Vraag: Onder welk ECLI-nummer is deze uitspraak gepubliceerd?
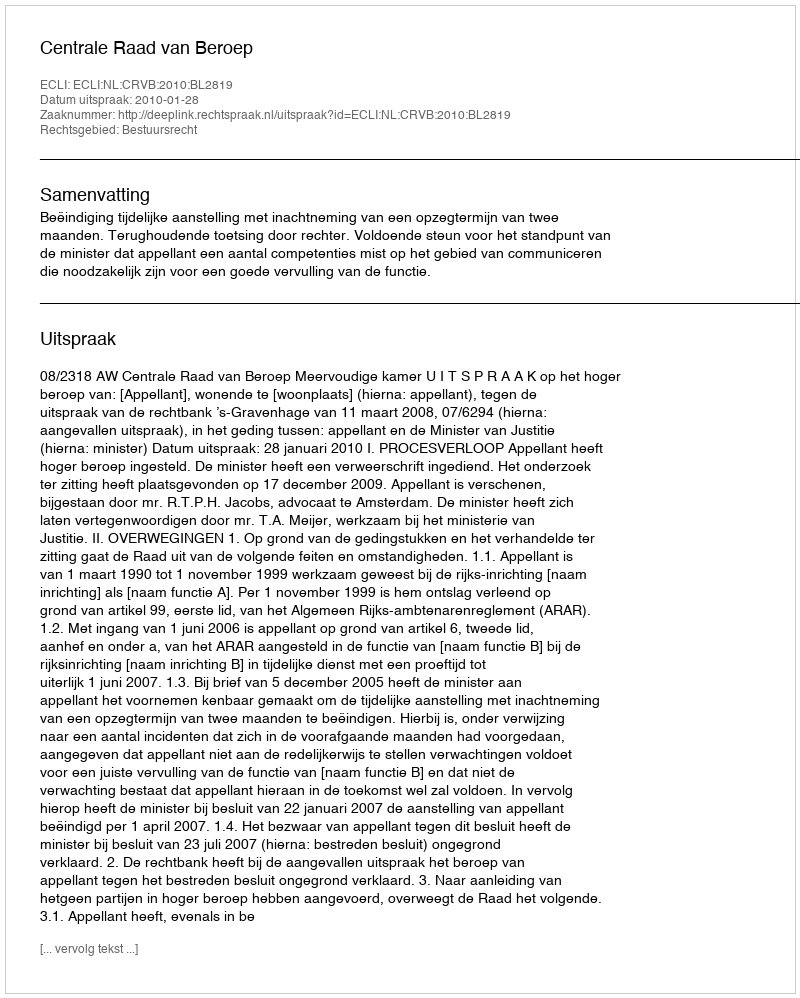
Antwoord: ECLI:NL:CRVB:2010:BL2819